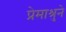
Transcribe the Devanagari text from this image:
प्रेमाश्रुने